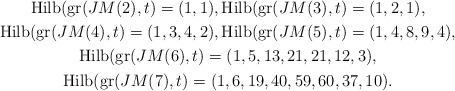
\begin{gather*}{\rm Hilb}({\rm gr}(JM(2) ,t)=(1,1), {\rm Hilb}({\rm gr}(JM(3) ,t)=(1,2,1),\\{\rm Hilb}({\rm gr}(JM(4) ,t)=(1,3,4,2), {\rm Hilb}({\rm gr}(JM(5) ,t)=(1,4,8,9,4),\\{\rm Hilb}({\rm gr}(JM(6) ,t)=(1,5,13,21,21,12,3), \\{\rm Hilb}({\rm gr}(JM(7) ,t)=(1,6,19,40,59,60,37,10).\end{gather*}